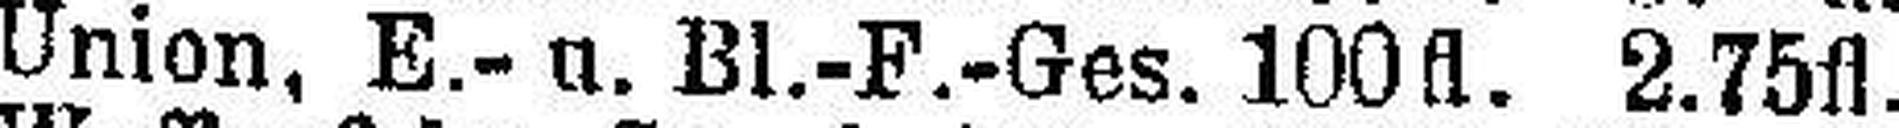
Union, E.- u. Bl.-F.-Ges. 100fl. 2.75fl.